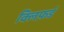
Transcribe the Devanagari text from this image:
क्लिफ़र्ड